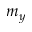
m _ { y }